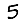
Digit: 5